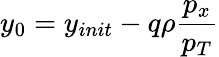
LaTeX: y_{0}=y_{init}-q\rho\frac{p_{x}}{p_{T}}